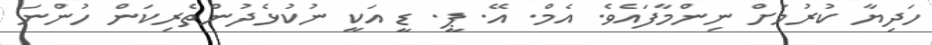
ހަދިޔާ ކުރުމަށް ނިންމާފައެވެ. އެމް. އޭ. ޕީ. ޑީ އަކީ ނުކުޅެދުންތެރިކަން ހުންނަ